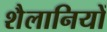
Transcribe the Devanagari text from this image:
शैलानियों